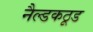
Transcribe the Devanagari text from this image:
नैल्डकठूड